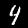
Digit: 4